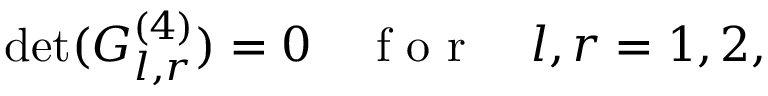
\operatorname* { d e t } ( { G } _ { l , r } ^ { ( 4 ) } ) = 0 \quad \mathrm { ~ f ~ o ~ r ~ } \quad l , r = 1 , 2 ,